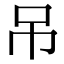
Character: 吊